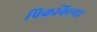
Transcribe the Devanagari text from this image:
पिकविल्या